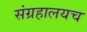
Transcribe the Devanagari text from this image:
संग्रहालयच